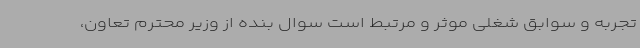
تجربه و سوابق شغلی موثر و مرتبط است سوال بنده از وزیر محترم تعاون،